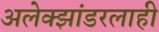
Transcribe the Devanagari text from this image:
अलेक्झांडरलाही